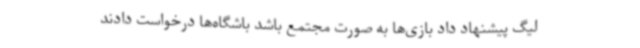
لیگ پیشنهاد داد بازی‌ها به صورت مجتمع باشد باشگاه‌ها درخواست دادند